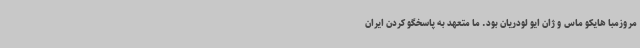
مروزمبا هایکو ماس و ژان ایو لودریان بود. ما متعهد به پاسخگو کردن ایران